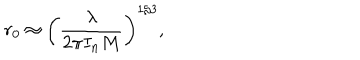
LaTeX: r _ { 0 } \approx \left( \frac { \lambda } { 2 \pi I _ { n } M } \right) ^ { 1 / 3 } ,